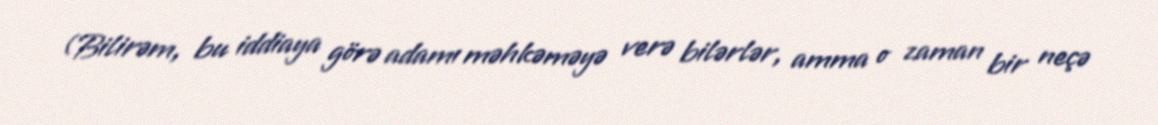
(Bilirəm, bu iddiaya görə adamı məhkəməyə verə bilərlər, amma o zaman bir neçə